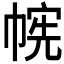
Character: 𫷉